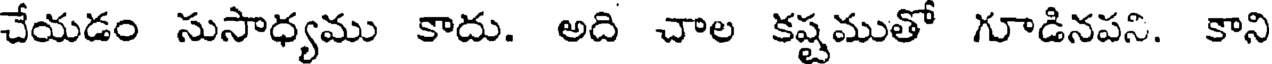
చేయడం సుసాధ్యము కాదు. అది చాల కష్టముతో గూడినపని. కాని